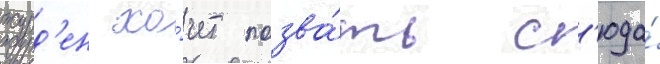
журд'ен хо́чет позва́ть с'юда́